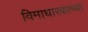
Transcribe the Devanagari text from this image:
विमाधारकाच्या